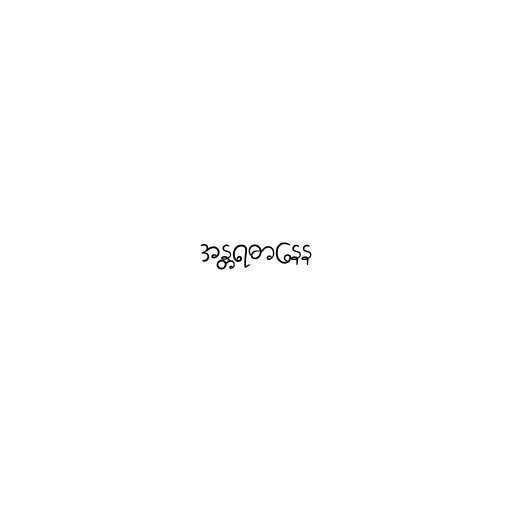
အန္တရဓာနေန